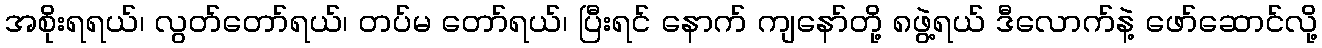
အစိုးရရယ်၊ လွတ်တော်ရယ်၊ တပ်မ တော်ရယ်၊ ပြီးရင် နောက် ကျနော်တို့ ၈ဖွဲ့ရယ် ဒီလောက်နဲ့ ဖော်ဆောင်လို့